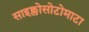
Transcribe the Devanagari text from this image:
साइक्लोसोटोमाटा